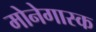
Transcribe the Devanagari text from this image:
मोनेगास्क